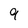
Character: 9